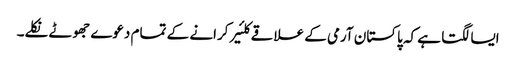
ایسا لگتا ہے کہ پاکستان آرمی کے علاقے کلئیر کرانے کے تمام دعوے جھوٹے نکلے۔